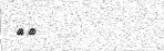
٢٦